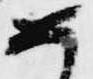
め